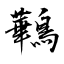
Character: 鷨